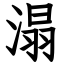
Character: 溻